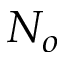
N _ { o }